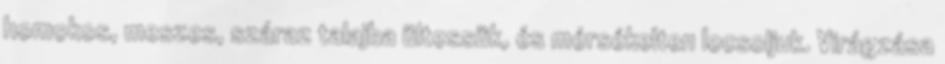
homokos, meszes, száraz talajba ültessük, és mérsékelten locsoljuk. Virágzása